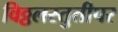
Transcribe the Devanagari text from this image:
विठ्ठलस्तुतीपर